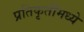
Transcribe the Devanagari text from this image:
प्रतिकृतींमध्ये